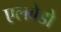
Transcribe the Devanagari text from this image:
एलबेडो